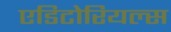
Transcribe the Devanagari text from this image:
एडिटोरियल्स